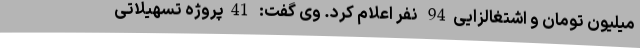
میلیون تومان و اشتغالزایی94 نفر اعلام کرد. وی گفت: 41پروژه تسهیلاتی